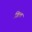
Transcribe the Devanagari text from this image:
खिल्ल